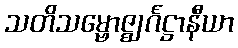
သတိသမ္ဗောဇ္ဈင်္ဂဋ္ဌာနီယာ